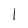
Character: 1